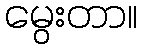
မွေးတာ။